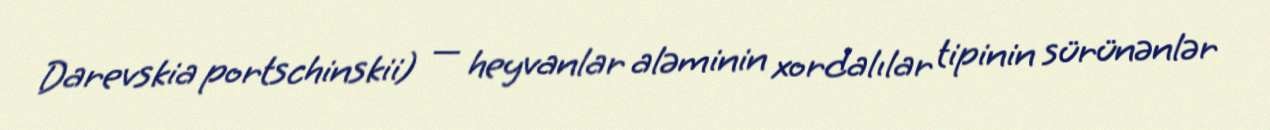
Darevskia portschinskii) — heyvanlar aləminin xordalılar tipinin sürünənlər